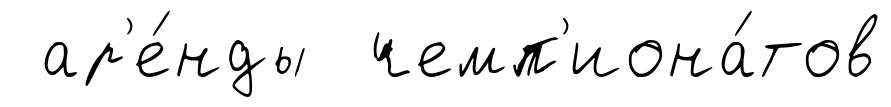
ар'е́нды чемп'иона́тов